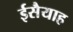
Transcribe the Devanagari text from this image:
ईसैयाह